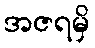
အဇရမှိ